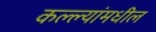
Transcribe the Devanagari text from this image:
कल्ल्यांमधील